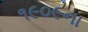
૧૯૦૯ના